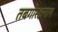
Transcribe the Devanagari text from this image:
तबगोरक्षनाथ